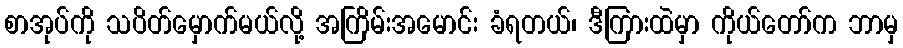
စာအုပ်ကို သပိတ်မှောက်မယ်လို့ အကြိမ်းအမောင်း ခံရတယ်၊ ဒီကြားထဲမှာ ကိုယ်တော်က ဘာမှ